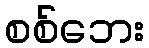
စစ်ဘေး